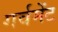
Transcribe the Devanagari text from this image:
गर्वमेंट